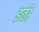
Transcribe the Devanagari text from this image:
इती